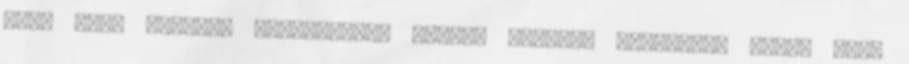
szó. Most azonban fenyegetően vastag boríték érkezett, benne négy